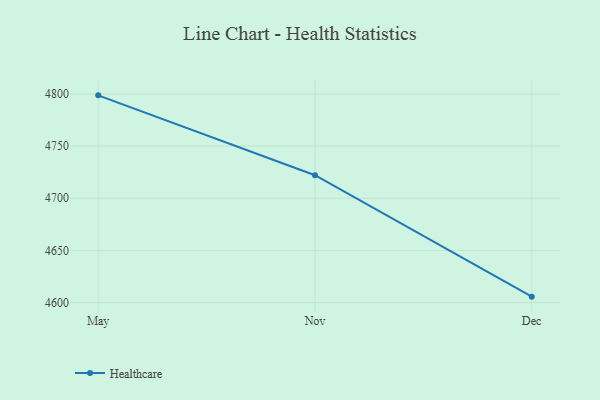
{"axis": {"x": "Month", "y": "Satisfaction Score"}, "legend": ["Healthcare"], "data": [{"x": "May", "y": 4798.7, "type": "Healthcare"}, {"x": "Nov", "y": 4722.1, "type": "Healthcare"}, {"x": "Dec", "y": 4605.7, "type": "Healthcare"}]}